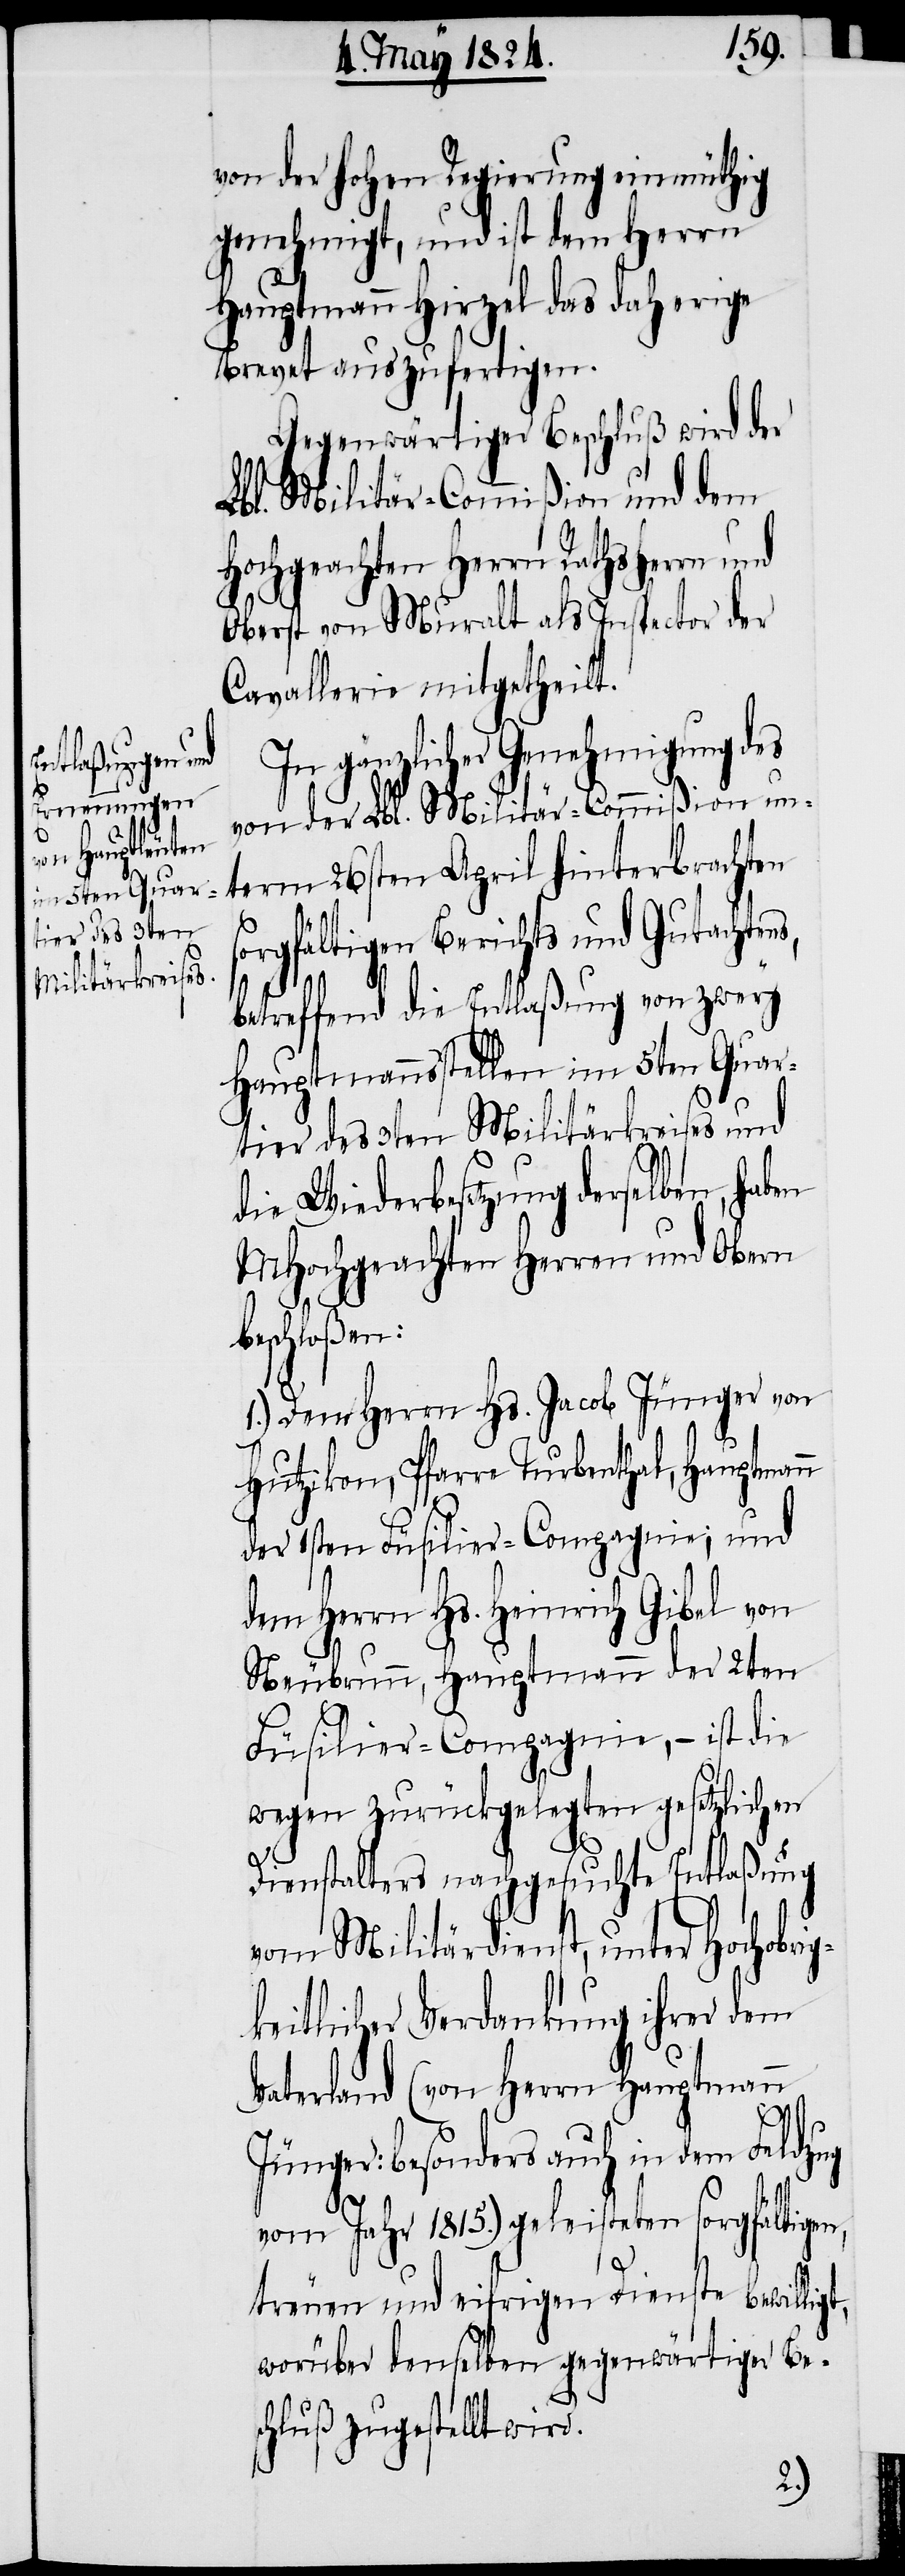
von der hohen Regierung einmüthig
genehmigt, und ist dem Herrn
Hauptmann Hirzel das daherige
Brevet auszufertigen.
Gegenwärtiger Beschluß wird der
Lbl. Militär-Commißion und dem
Hochgeachten Herrn Rathsherrn und
Oberst von Muralt als Inspector der
Cavallerie mitgetheilt.
In gänzlicher Genehmigung des
von der Lbl. Militär-Commißion un¬
term 26sten April hinterbrachten
t,
orgfältigen Berichts und Gutachtens,
betreffend die Entlaßung von zwey
Hauptmannsstellen im 5ten Quar¬
tier des 3ten Militärkreises und
die Wiederbesetzung derselben, haben
MHochgeachten Herren und Obern
beschloßen:
1.) Dem Herrn Hs. Jacob Jünger von
Hutzikon, Pfarre Thurbenthal,
der 1sten Füsilier-Compagnie; und
dem Herrn Hs. Heinrich Gibel von
Neubrunn, Hauptmann der 2ten
Füsilier-Compagnie, – ist die
wegen zurückgelegten gesetzlichen
Dienstalters nachgesuchte Entlaßung
vom Militärdienste, unter Hochobri¬
gkeitlicher Verdankung ihrer dem
Vaterland (von Herrn Hauptmann
Jünger: besonders auch in dem Feldzug
vom Jahr 1815.) geleisteten sorgfältigen,
treuen und eifrigen Dienste bewillig¬
worüber denselben gegenwärtiger Be¬
schluß zugestellt wird.